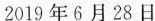
2019年6月28日